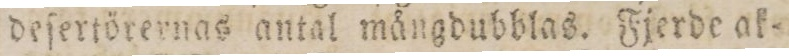
deſertörernas antal mångdubblas. Fjerde ak=